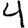
Digit: 4